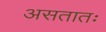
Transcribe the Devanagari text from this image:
असतातः